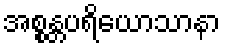
အစ္စန္တပရိယောသာနာ